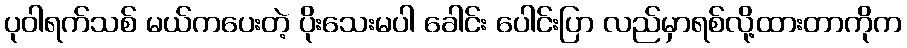
ပုဝါရက်သစ် မယ်ကပေးတဲ့ ပိုးသေးမပါ ခေါင်း ပေါင်းပြာ လည်မှာရစ်လို့ထားတာကိုက